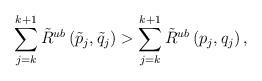
LaTeX: \begin{align*}\sum_{j=k}^{k+1} \tilde{R}^{ub} \left(\tilde{p}_{j},\tilde{q}_{j}\right) >\sum_{j=k}^{k+1} \tilde{R}^{ub} \left(p_{j},q_{j}\right),\end{align*}